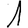
Digit: 1